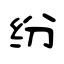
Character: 纷